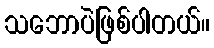
သဘောပဲဖြစ်ပါတယ်။